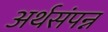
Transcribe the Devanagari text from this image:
अर्थसंपन्न